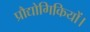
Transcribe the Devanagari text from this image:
प्रौद्योगिकियों।